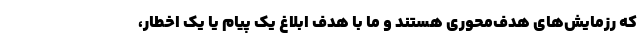
که رزمایش‌های هدف‌محوری هستند و ما با هدف ابلاغ یک پیام یا یک اخطار،